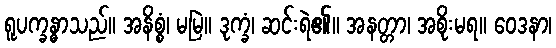
ရူပက္ခန္ဓာသည်။ အနိစ္စံ၊ မမြဲ။ ဒုက္ခံ၊ ဆင်းရဲ၏။ အနတ္တာ၊ အစိုးမရ။ ဝေဒနာ၊